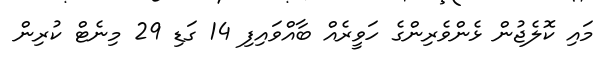
މައި ކޮލެޖުން ޅެންވެރިންގެ ހަވީރެއް ބާއްވައިފި 14 ގަޑި 29 މިނެޓް ކުރިން